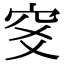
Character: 𥤹